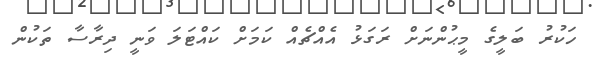
ހަކުރު ބަލީގެ މީޙުންނަށް ރަގަޅު އެއްޗެއް ކަމަށް ކައްޓަލަ ވަނީ ދިރާސާ ތަކުން